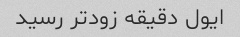
ایول دقیقه زودتر رسید